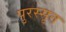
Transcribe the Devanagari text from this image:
पुरस्सृत